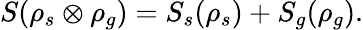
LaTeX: S(\rho_{s}\otimes\rho_{g})=S_{s}(\rho_{s})+S_{g}(\rho_{g}).